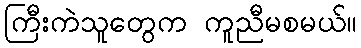
ကြီးကဲသူတွေက ကူညီမစမယ်။